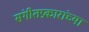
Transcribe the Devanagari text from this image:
संगीतप्रकारांच्या